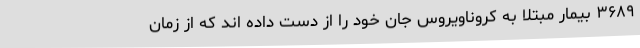
۳۶۸۹ بیمار مبتلا به کروناویروس جان خود را از دست داده اند که از زمان